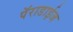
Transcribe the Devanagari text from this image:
पॅराडाईज